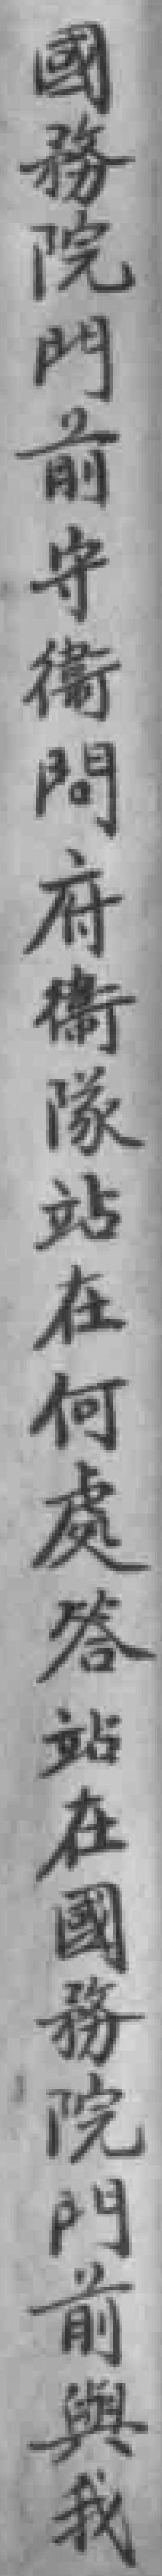
國務院門前守衛問府衛隊站在何處答站在國務院門前與我